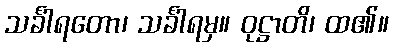
သင်္ခါရတော၊ သင်္ခါရမှ။ ဝုဋ္ဌာတိ၊ ထ၏။